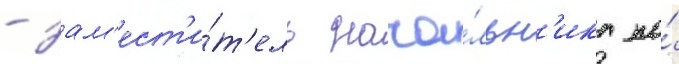
- зам'ест'и́т'ель нача́льн'ика по́